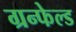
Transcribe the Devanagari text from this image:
ग्रन्फेल्ड